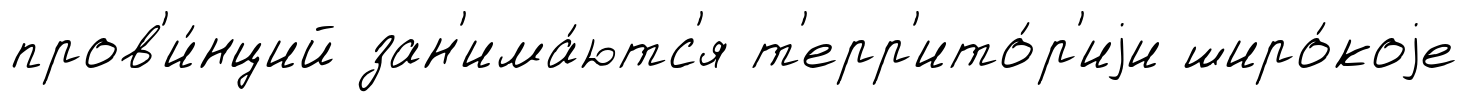
пров'и́нций зан'има́ютс'я т'ерр'ито́р'иjи широ́коjе